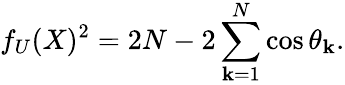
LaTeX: f_{U}(X)^{2}=2N-2\sum_{\mathbf{k}=1}^{N}\cos\theta_{\mathbf{k}}.